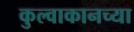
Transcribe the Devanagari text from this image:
कुल्वाकानच्या